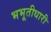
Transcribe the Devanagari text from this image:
भभूतीधारी